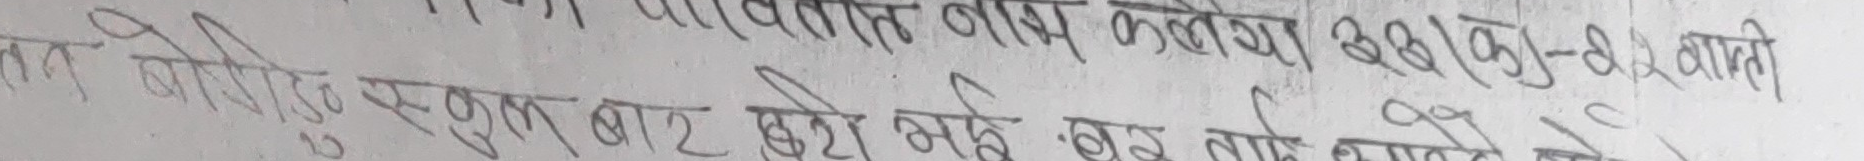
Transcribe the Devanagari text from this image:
पर्वतित बास कलैया २३(क)-४२ यात्रो
त जोहीदु स्कुल बाट खेदो भई खेद ताको माटेको